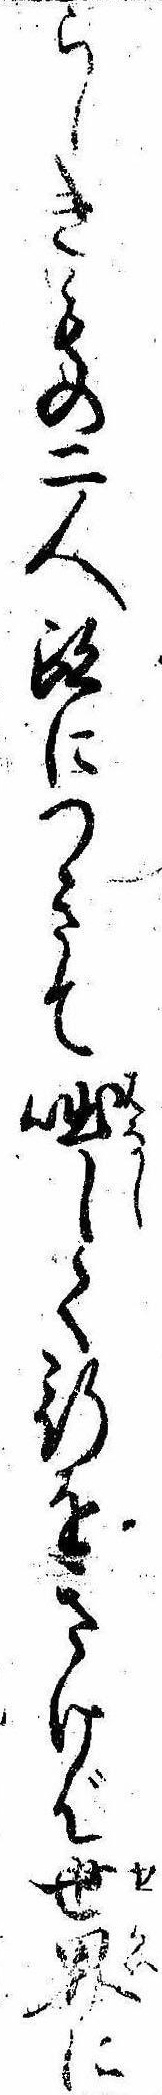
らしきもの二人跡につきて咄して行をきけば世界に